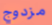
مزدوج